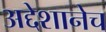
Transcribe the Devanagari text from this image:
अद्देशानेच